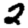
Digit: 2